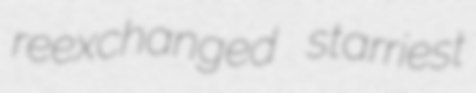
reexchanged starriest